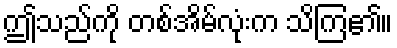
ဤသည်ကို တစ်အိမ်လုံးက သိကြ၏။